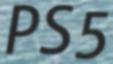
PS5